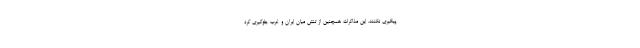
پیگیری نکنند. این مذاکرات همچنین از تنش میان ایران و غرب جلوگیری کرد